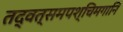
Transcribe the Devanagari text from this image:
तद्वत्समपश्चिमगानि